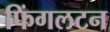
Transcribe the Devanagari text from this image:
फिंगलटन